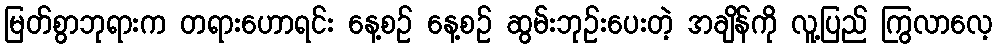
မြတ်စွာဘုရားက တရားဟောရင်း နေ့စဉ် နေ့စဉ် ဆွမ်းဘုဉ်းပေးတဲ့ အချိန်ကို လူ့ပြည် ကြွလာလေ့